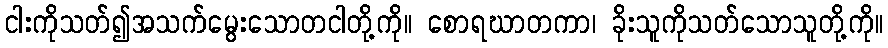
ငါးကိုသတ်၍အသက်မွေးသောတငါတို့ကို။ စောရဃာတကာ၊ ခိုးသူကိုသတ်သောသူတို့ကို။